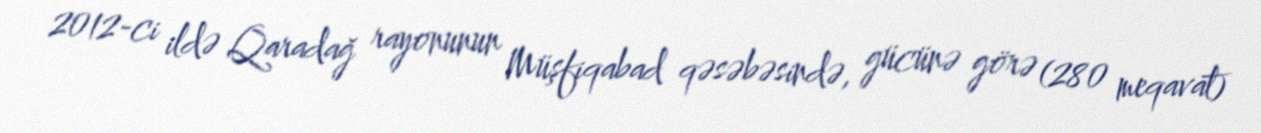
2012-ci ildə Qaradağ rayonunun Müşfiqabad qəsəbəsində, gücünə görə (280 meqavat)